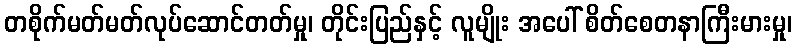
တစိုက်မတ်မတ်လုပ်ဆောင်တတ်မှု၊ တိုင်းပြည်နှင့် လူမျိုး အပေါ် စိတ်စေတနာကြီးမားမှု၊